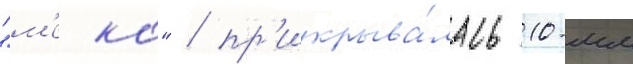
"м'еко" / пр'икрыва́лась 10-мм